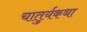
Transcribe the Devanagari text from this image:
चातुर्यकथा